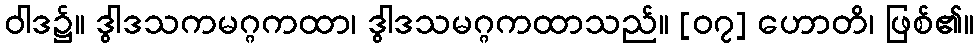
ဝါဒ၌။ ဒွါဒသကမဂ္ဂကထာ၊ ဒွါဒသမဂ္ဂကထာသည်။ [၀၇] ဟောတိ၊ ဖြစ်၏။